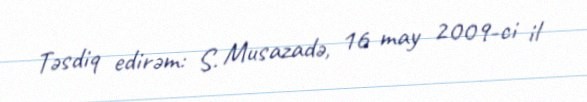
Təsdiq edirəm: S. Musazadə, 16 may 2009-ci il